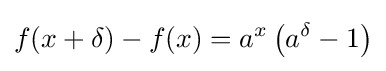
f(x+\delta )-f(x)=a^{x}\left(a^{\delta }-1\right)